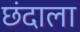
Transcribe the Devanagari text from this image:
छंदाला